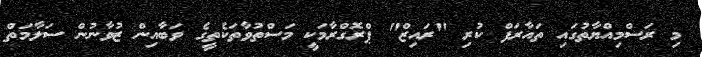
މި ރަސްމިއްޔާތުގައި ތައާރަފް ކުރި "ރައިޒް" ޕްރޮގްރާމަކީ މަސްތުވާތަކެތީގެ ވަބާއިން ޒުވާނުން ސަލާމަތް